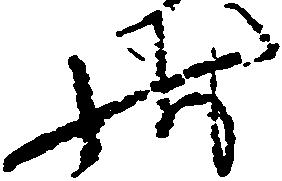
状